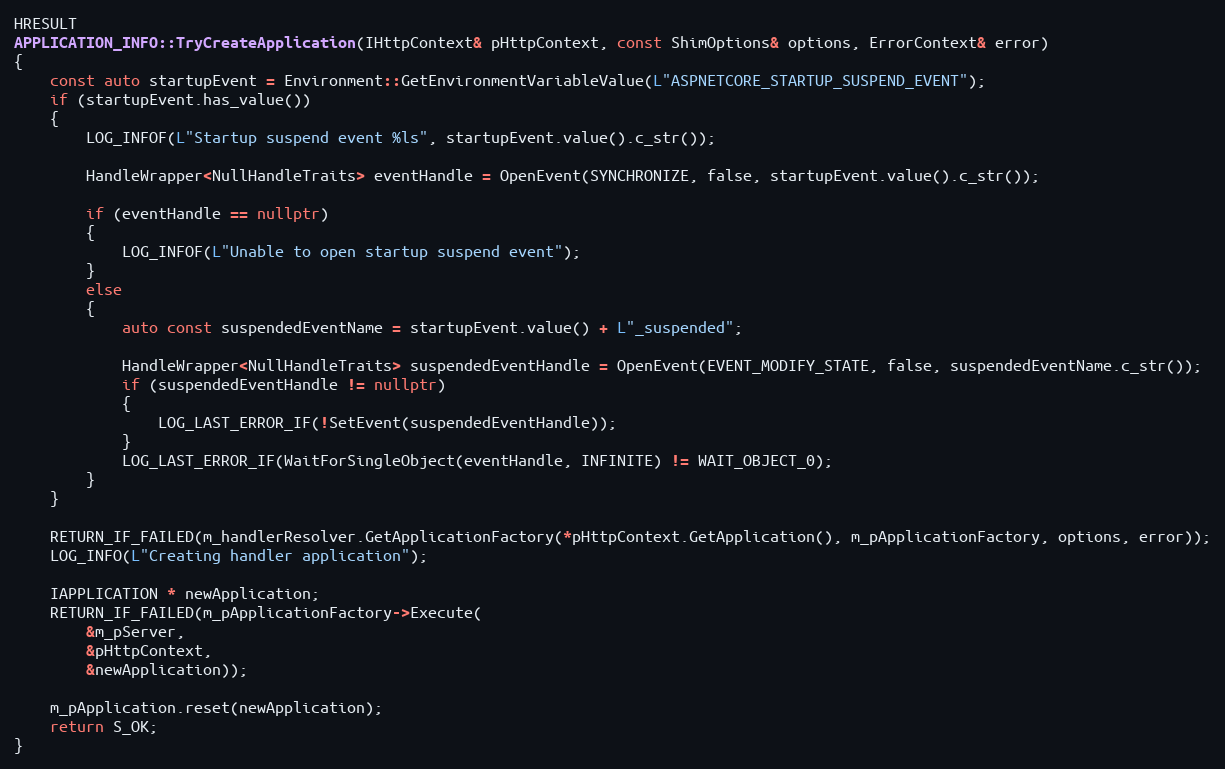
Language: C++
HRESULT
APPLICATION_INFO::TryCreateApplication(IHttpContext& pHttpContext, const ShimOptions& options, ErrorContext& error)
{
    const auto startupEvent = Environment::GetEnvironmentVariableValue(L"ASPNETCORE_STARTUP_SUSPEND_EVENT");
    if (startupEvent.has_value())
    {
        LOG_INFOF(L"Startup suspend event %ls", startupEvent.value().c_str());

        HandleWrapper<NullHandleTraits> eventHandle = OpenEvent(SYNCHRONIZE, false, startupEvent.value().c_str());

        if (eventHandle == nullptr)
        {
            LOG_INFOF(L"Unable to open startup suspend event");
        }
        else
        {
            auto const suspendedEventName = startupEvent.value() + L"_suspended";

            HandleWrapper<NullHandleTraits> suspendedEventHandle = OpenEvent(EVENT_MODIFY_STATE, false, suspendedEventName.c_str());
            if (suspendedEventHandle != nullptr)
            {
                LOG_LAST_ERROR_IF(!SetEvent(suspendedEventHandle));
            }
            LOG_LAST_ERROR_IF(WaitForSingleObject(eventHandle, INFINITE) != WAIT_OBJECT_0);
        }
    }

    RETURN_IF_FAILED(m_handlerResolver.GetApplicationFactory(*pHttpContext.GetApplication(), m_pApplicationFactory, options, error));
    LOG_INFO(L"Creating handler application");

    IAPPLICATION * newApplication;
    RETURN_IF_FAILED(m_pApplicationFactory->Execute(
        &m_pServer,
        &pHttpContext,
        &newApplication));

    m_pApplication.reset(newApplication);
    return S_OK;
}